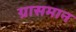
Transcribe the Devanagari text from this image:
ग्रासमान